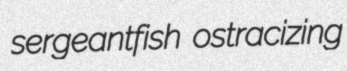
sergeantfish ostracizing